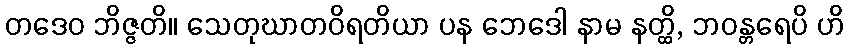
တဒေဝ ဘိဇ္ဇတိ။ သေတုဃာတဝိရတိယာ ပန ဘေဒေါ နာမ နတ္ထိ, ဘဝန္တရေပိ ဟိ